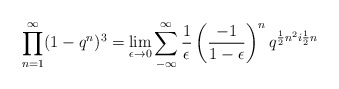
\begin{align*}\prod _{n=1}^{\infty} (1-q^{n})^{3} = \lim _{\epsilon \rightarrow 0}\sum _{-\infty}^{\infty} \frac{1}{\epsilon} \left( \frac{-1}{1-\epsilon}\right) ^{n}q^{\frac{1}{2} n^{2}i\frac{1}{2}n}\end{align*}